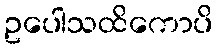
ဥပေါသထိကောပိ